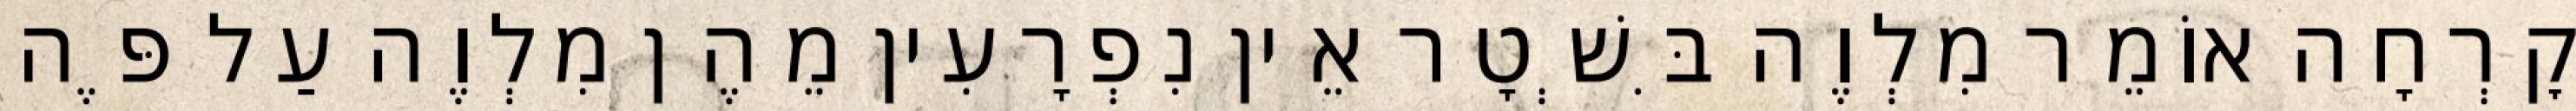
קׇרְחָה אוֹמֵר מִלְוֶה בִּשְׁטָר אֵין נִפְרָעִין מֵהֶן מִלְוֶה עַל פֶּה